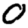
Digit: 0